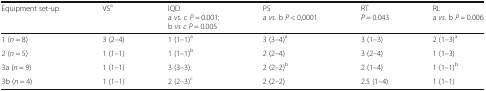
| Equipment set-up | VSa | IQDa vs. c P = 0.001;b vs c P = 0.005 | PSa vs. b P < 0,0001 | RTP = 0.043 | RLa vs. b P = 0.006 |
 | --- | --- | --- | --- | --- | --- |
 | 1 (n = 8) | 3 (2–4) | 1 (1–1)a | 3 (3–4)a | 3 (1–3) | 2 (1–3)a |
 | 2 (n = 5) | 1 (1–1) | 1 (1–1)b | 2 (2–4) | 3 (2–4) | 1 (1–3) |
 | 3a (n = 9) | 1 (1–1) | 3 (3–3) | 2 (2–2)b | 2 (1–4) | 1 (1–1)b |
 | 3b (n = 4) | 1 (1–1) | 2 (2–3)c | 2 (2–2) | 2.5 (1–4) | 1 (1–1) |